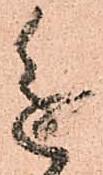
進